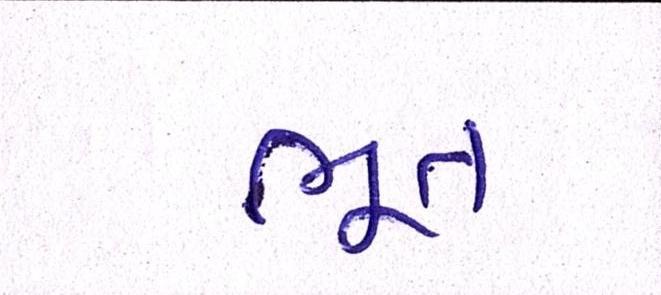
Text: ભૂત